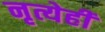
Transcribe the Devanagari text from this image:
नृत्येही